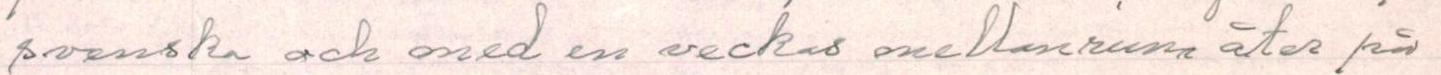
svenska och med en veckas mellanrum åter på